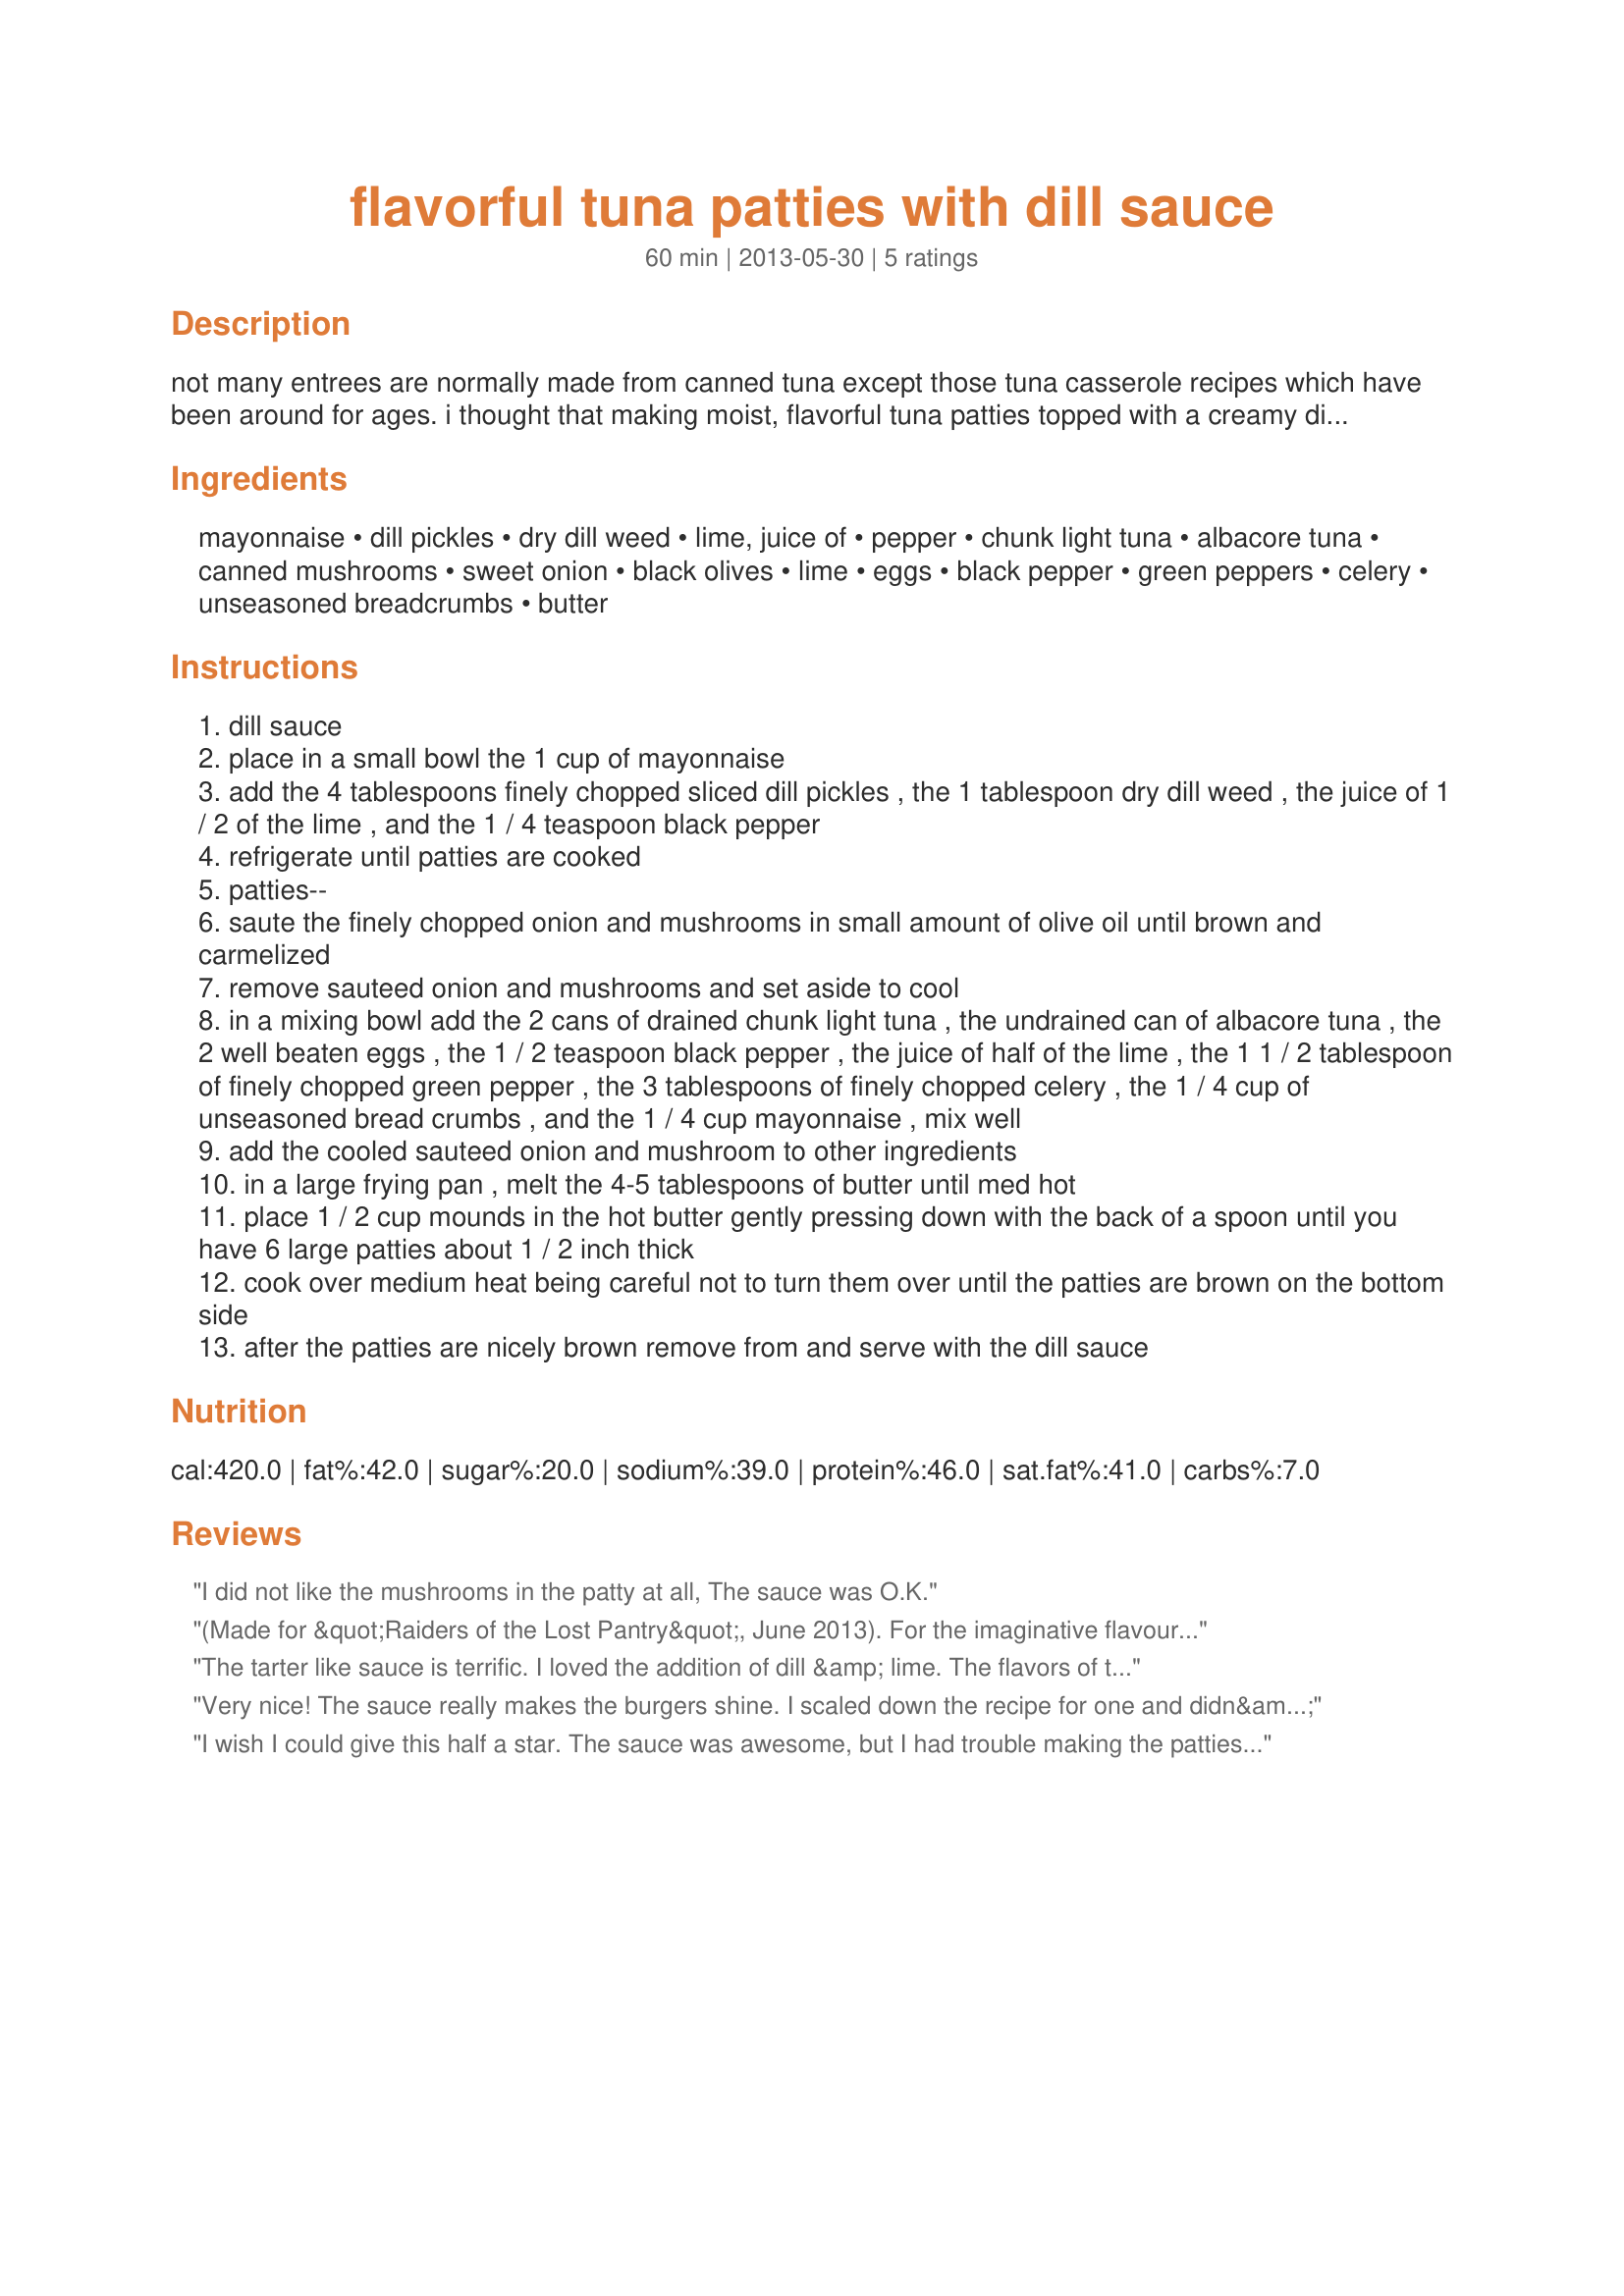
flavorful tuna patties with dill sauce
Preparation time: 60 minutes

not many entrees are normally made from canned tuna except those tuna casserole recipes which have been around for ages. i thought that making moist, flavorful tuna patties topped with a creamy dilled sauce would make a nice entree change of pace. the various vegetables not only add something new to the tuna, but add wonderful flavor and texture as well. most of the items you probably have in your panty and fridge on a regular basis. important--do not add salt until the patties sauce are finished and tasted. the tuna and mayonnaise already have added salt and there is danger of it becoming too salty if additional salt is added prior to cooking.

Ingredients:
mayonnaise, dill pickles, dry dill weed, lime, juice of, pepper, chunk light tuna, albacore tuna, canned mushrooms, sweet onion, black olives, lime, eggs, black pepper, green peppers, celery, unseasoned breadcrumbs, butter

Steps:
dill sauce
place in a small bowl the 1 cup of mayonnaise
add the 4 tablespoons finely chopped sliced dill pickles , the 1 tablespoon dry dill weed , the juice of 1 / 2 of the lime , and the 1 / 4 teaspoon black pepper
refrigerate until patties are cooked
patties--
saute the finely chopped onion and mushrooms in small amount of olive oil until brown and carmelized
remove sauteed onion and mushrooms and set aside to cool
in a mixing bowl add the 2 cans of drained chunk light tuna , the undrained can of albacore tuna , the 2 well beaten eggs , the 1 / 2 teaspoon black pepper , the juice of half of the lime , the 1 1 / 2 tablespoon of finely chopped green pepper , the 3 tablespoons of finely chopped celery , the 1 / 4 cup of unseasoned bread crumbs , and the 1 / 4 cup mayonnaise , mix well
add the cooled sauteed onion and mushroom to other ingredients
in a large frying pan , melt the 4-5 tablespoons of butter until med hot
place 1 / 2 cup mounds in the hot butter gently pressing down with the back of a spoon until you have 6 large patties about 1 / 2 inch thick
cook over medium heat being careful not to turn them over until the patties are brown on the bottom side
after the patties are nicely brown remove from and serve with the dill sauce

Reviews:
I did not like the mushrooms in the patty at all, The sauce was O.K.
(Made for &quot;Raiders of the Lost Pantry&quot;, June 2013). For the imaginative flavours you used, and the really great mayo sauce, definitely 5 stars! (I used chopped fennel fronds because no dill, dried or fresh, was available). The lost star is because I really battled to keep the patties from falling apart completely! Chef, I loved the finely chopped veggies and olives you added to the tuna mix. I also loved that the mixture was not bulked up with heaps of breadcrumbs. But -- it would have been better if baked as a casserole! The finely chopped vegs and the undrained can of tuna meant the mixture was very loose. I even added more breadcrumbs, but it did not help. As can be seen in the photos, the only way I could get the patties to barely hold together was if I charred them on the underside, verrrry carefully turned them, and again almost charred them! Even so, of the 7 generous patties I got, 2 fell apart completely, and others cracked. One caveat: you don&#039;t mention the olives in your directions (a small matter which you can edit). I&#039;ll make this recipe again, adding even more chopped veggies, but I&#039;ll bake it in a casserole dish! :-) Thanks, and best of luck!
The tarter like sauce is terrific. I loved the addition of dill &amp; lime. The flavors of the tuna patties are really nice too, but they didn&#039;t hold together at all for me. I ended up scooping the broken patties onto a plate and topping with the sauce. It wasn&#039;t pretty, but it tasted good! Good luck in the contest!
Very nice! The sauce really makes the burgers shine. I scaled down the recipe for one and didn&#039;t use any egg. Thanks!
I wish I could give this half a star. The sauce was awesome, but I had trouble making the patties, because I found the two different kinds of tuna made it a little hard to form the patties. But overall it was a great recipe.
